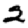
Digit: 2